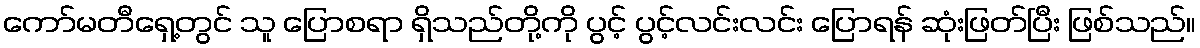
ကော်မတီရှေ့တွင် သူ ပြောစရာ ရှိသည်တို့ကို ပွင့် ပွင့်လင်းလင်း ပြောရန် ဆုံးဖြတ်ပြီး ဖြစ်သည်။